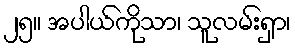
၂၅။ အပါယ်ကိုသာ၊ သူလမ်းရှာ၊